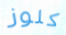
كلوز